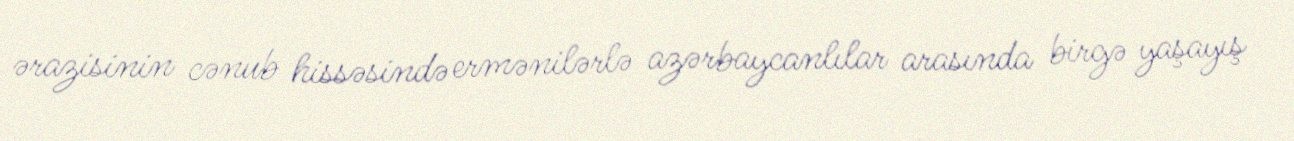
ərazisinin cənub hissəsində ermənilərlə azərbaycanlılar arasında birgə yaşayış